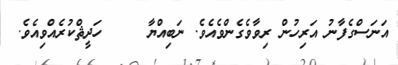
އަނަސްގެފާނު އަރިހުން ރިވާވެގެންވެއެވެ. ނަބިއްޔާ     ހަދީޘްކުރެއްވިއެވެ.